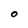
Character: O